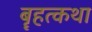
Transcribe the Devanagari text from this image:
बॄहत्कथा